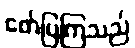
ဖော်ပြကြသည်